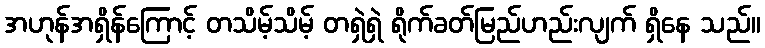
အဟုန်အရှိန်ကြောင့် တသိမ့်သိမ့် တရှဲရှဲ ရိုက်ခတ်မြည်ဟည်းလျက် ရှိနေ သည်။